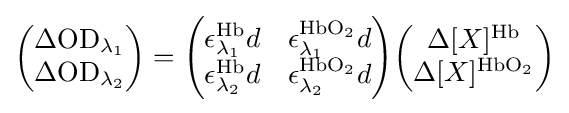
{\begin{pmatrix}\Delta {\text{OD}}_{\lambda _{1}}\\\Delta {\text{OD}}_{\lambda _{2}}\end{pmatrix}}={\begin{pmatrix}\epsilon _{\lambda _{1}}^{\text{Hb}}d&\epsilon _{\lambda _{1}}^{{\text{HbO}}_{2}}d\\\epsilon _{\lambda _{2}}^{\text{Hb}}d&\epsilon _{\lambda _{2}}^{{\text{HbO}}_{2}}d\end{pmatrix}}{\begin{pmatrix}\Delta [X]^{\text{Hb}}\\\Delta [X]^{{\text{HbO}}_{2}}\end{pmatrix}}